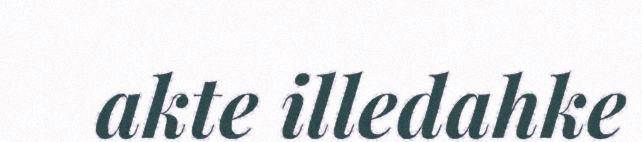
akte illedahke